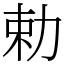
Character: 勅